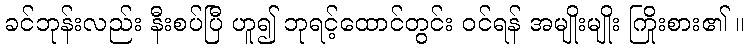
ခင်ဘုန်းလည်း နီးစပ်ပြီ ဟူ၍ ဘုရင့်ထောင်တွင်း ဝင်ရန် အမျိုးမျိုး ကြိုးစား၏ ။